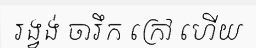
រង្វង់ ចារឹក ក្រៅ ហើយ